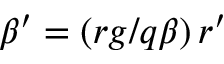
\beta ^ { \prime } = ( r g / q \beta ) \, r ^ { \prime }